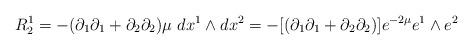
LaTeX: \begin{align*} R^{1}_{2} = -(\partial_{1}\partial_{1}+\partial_{2}\partial_{2})\mu~ dx^{1}\wedge dx^{2}=- [(\partial_{1}\partial_{1}+\partial_{2}\partial_{2})] e^{-2\mu} e^{1}\wedge e^{2}\end{align*}